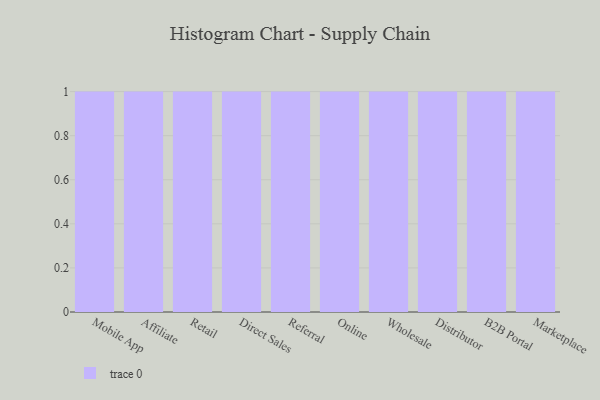
{"axis": {"x": "Channel", "y": "Customer Acquisition Cost (USD)"}, "legend": [""], "data": [{"x": "Mobile App", "y": 37, "type": ""}, {"x": "Affiliate", "y": 97, "type": ""}, {"x": "Retail", "y": 77, "type": ""}, {"x": "Direct Sales", "y": 58, "type": ""}, {"x": "Referral", "y": 67, "type": ""}, {"x": "Online", "y": 92, "type": ""}, {"x": "Wholesale", "y": 23, "type": ""}, {"x": "Distributor", "y": 79, "type": ""}, {"x": "B2B Portal", "y": 75, "type": ""}, {"x": "Marketplace", "y": 67, "type": ""}]}